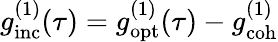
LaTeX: g_{\mathrm{inc}}^{(1)}(\tau)=g_{\mathrm{opt}}^{(1)}(\tau)-g_{\mathrm{coh}}^{(1)}